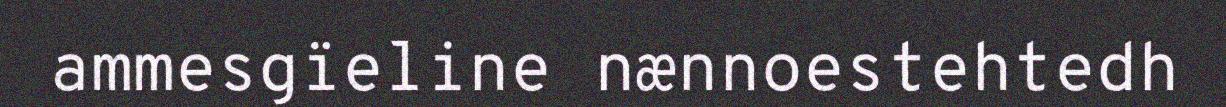
ammesgïeline nænnoestehtedh